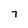
Character: 7